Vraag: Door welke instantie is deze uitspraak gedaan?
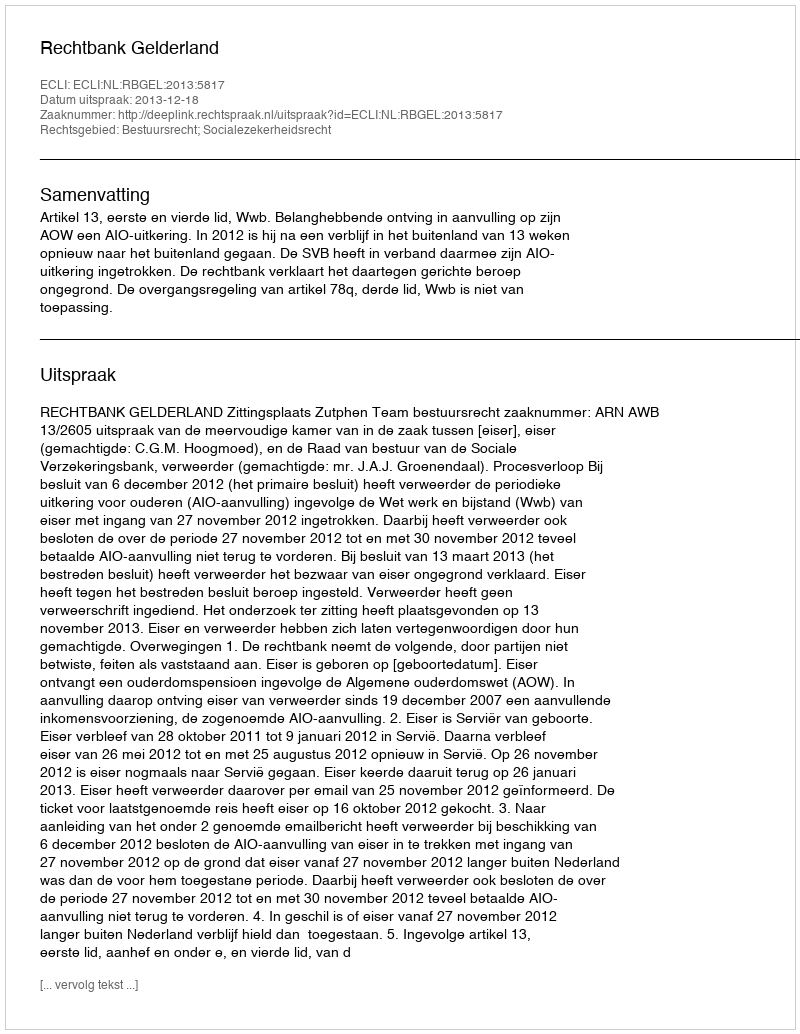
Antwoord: Rechtbank Gelderland